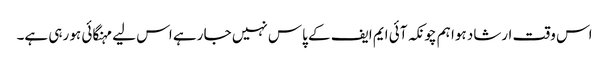
اس وقت ارشاد ہوا ہم چونکہ آئی ایم ایف کے پاس نہیں جا رہے اس لیے مہنگائی ہو رہی ہے۔